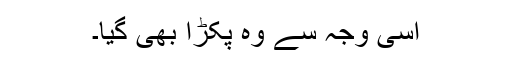
اسی وجہ سے وہ پکڑا بھی گیا۔